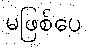
မဖြစ်ပေ